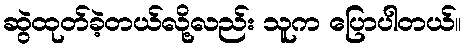
ဆွဲထုတ်ခဲ့တယ်လို့လည်း သူက ပြောပါတယ်။